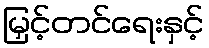
မြှင့်တင်ရေးနှင့်